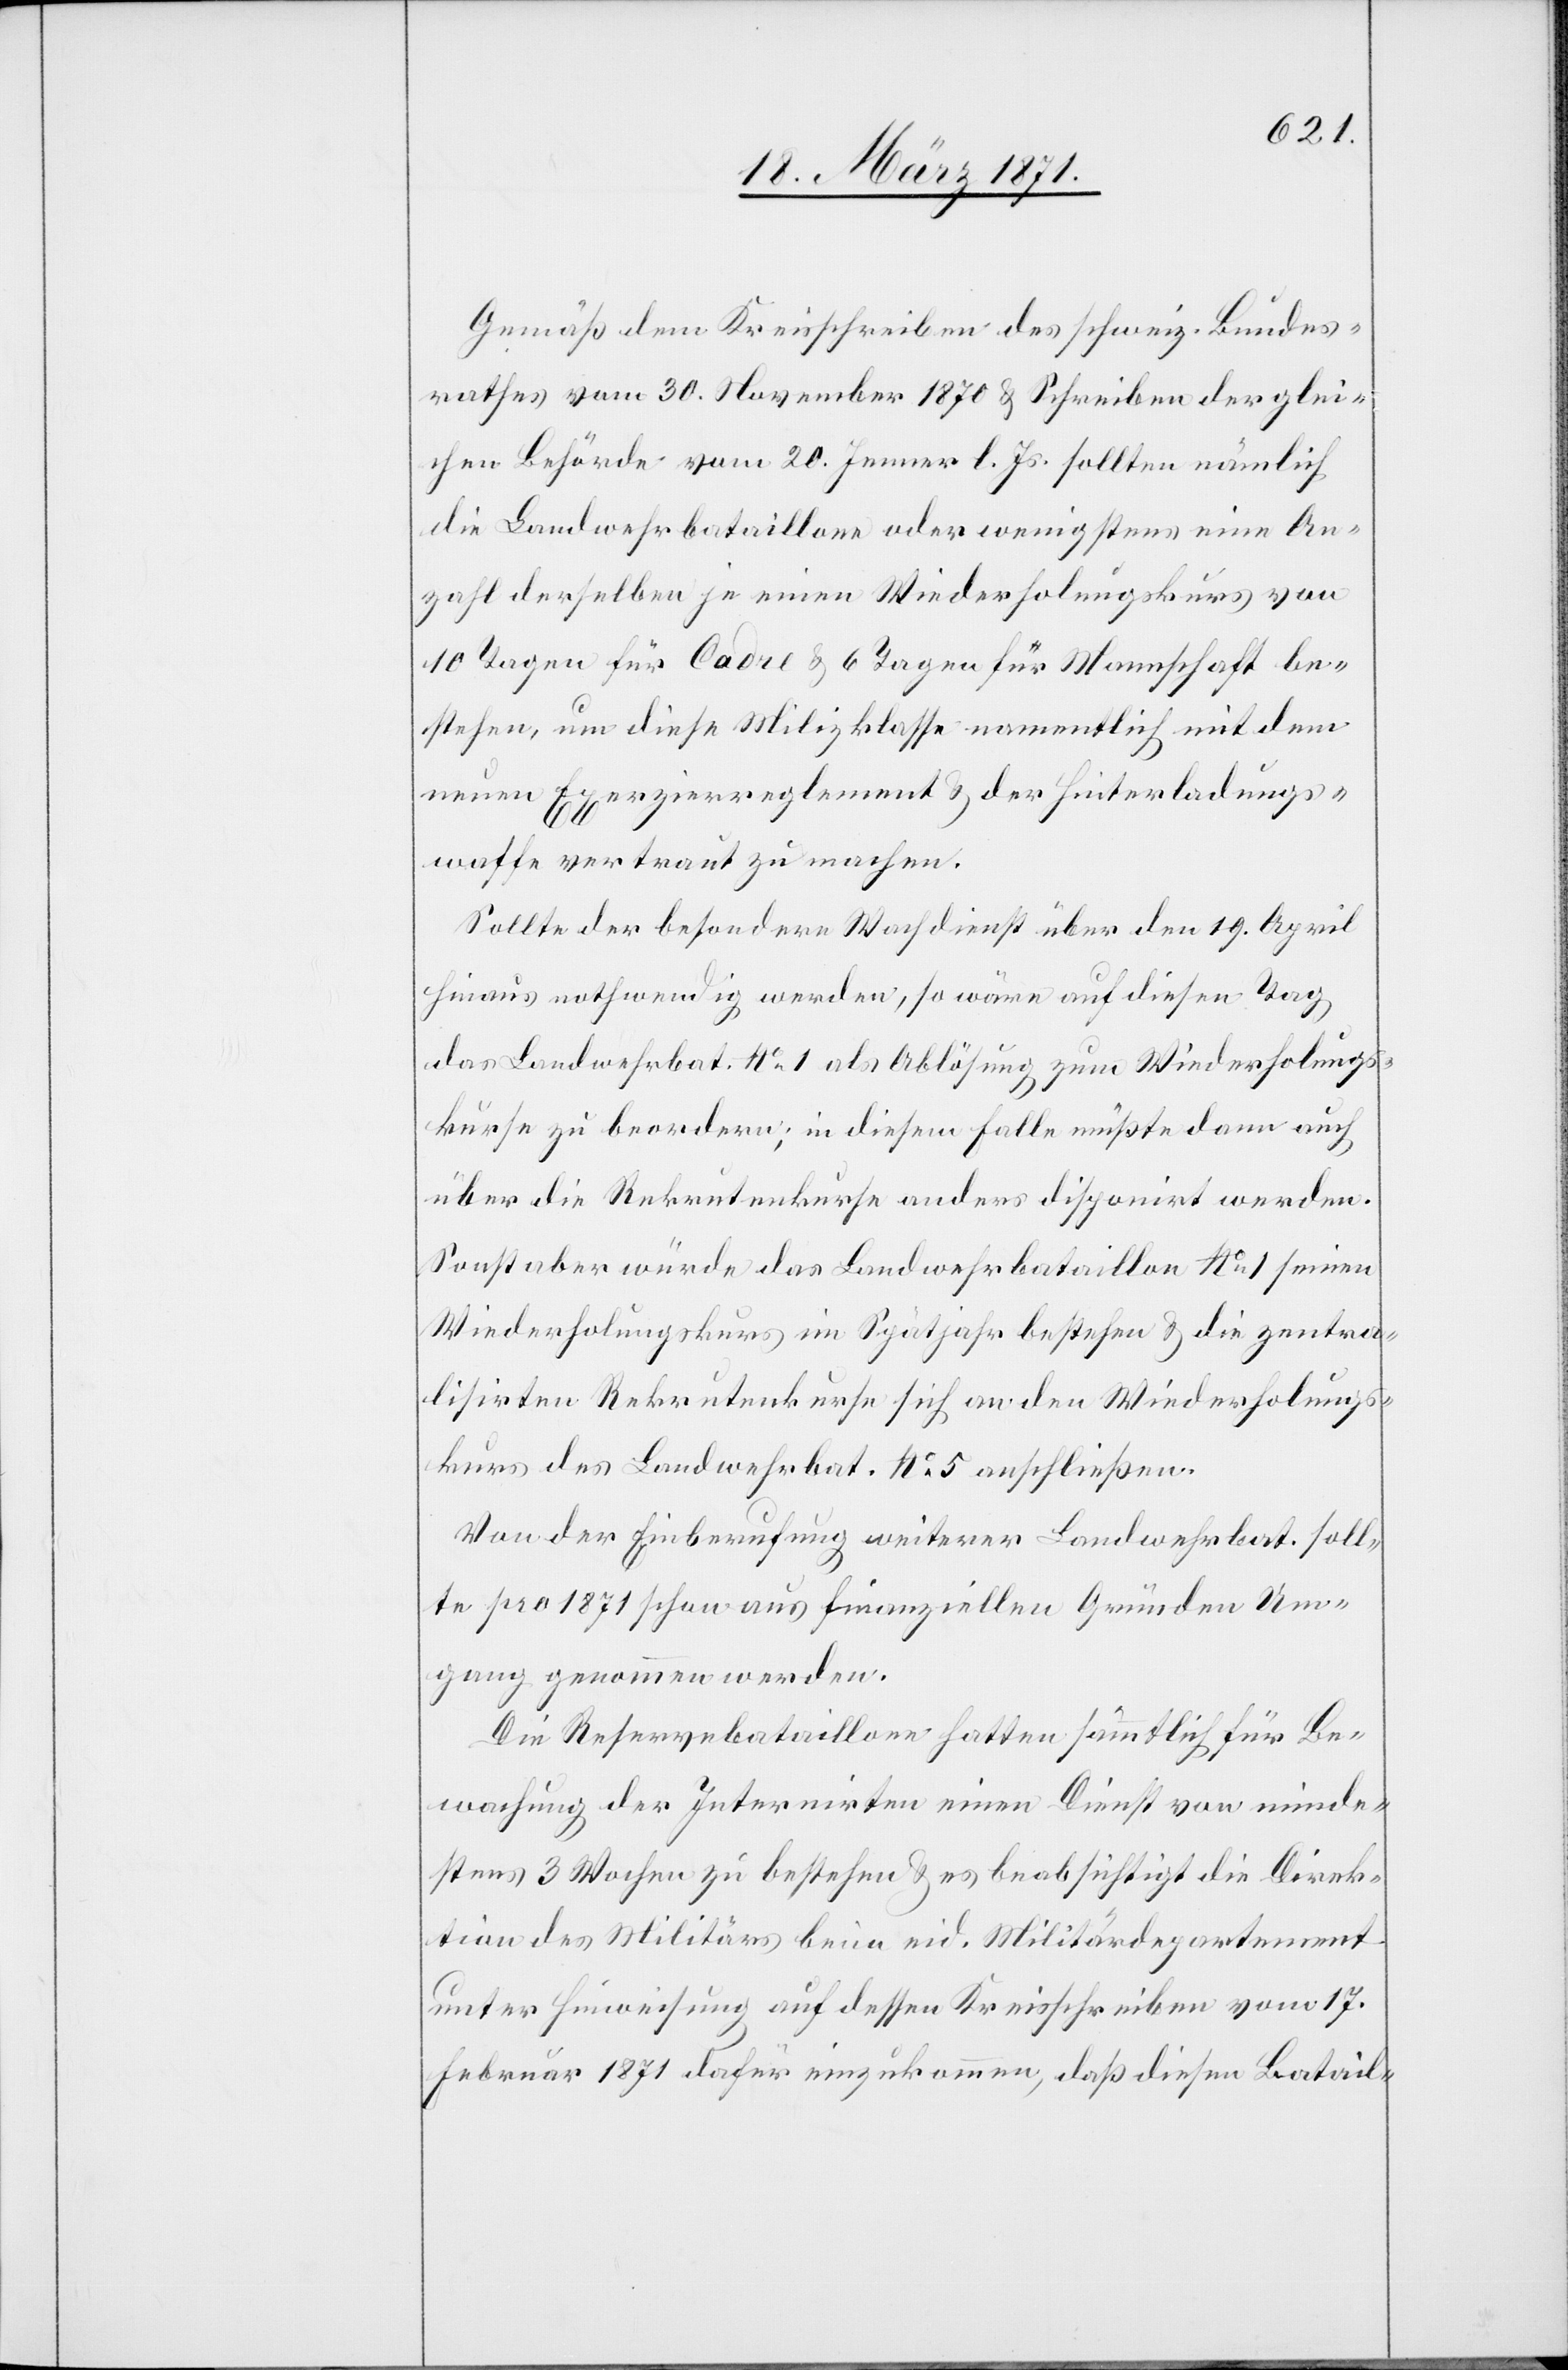
Gemäß dem Kreisschreiben des schweiz. Bundes¬
rathes vom 30. November 1870 u. Schreiben der glei¬
chen Behörde vom 20. Jenner l. Js. sollten nämlich
die Landwehrbataillone oder wenigstens eine An¬
zahl derselben je einen Wiederholungkurs von
10 Tagen für Cadre u. 6 Tagen für Mannschaft be¬
stehen, um diese Milizklasse namentlich mit dem
neuen Exerzierreglement u. der Hinterladungs¬
waffe vertraut zu machen.
Sollte der besondere Wachdienst über den 19. April
hinaus nothwendig werden, so wäre auf diesen Tag
das Landwehrbat. No. 1 als Ablösung zum Wiederholungs¬
kurse zu beordern; in diesem Falle müßte dann auch
über die Rekrutenkurse anders disponirt werden.
Sonst aber würde das Landwehrbataillon No. 1 seinen
Wiederholungskurs im Spätjahr bestehen u. die zentra¬
lisirten Rekrutenkurse sich an den Wiederholungs¬
kurs des Landwehrbat. No. 5 anschließen.
Von der Einberufung weiterer Landwehrbat. soll¬
te pro 1871 schon aus finanziellen Gründen Um¬
gang genommen werden.
Die Reservebataillone hatten sämmtlich für Be¬
wachung der Internirten einen Dienst von minde¬
stens 3 Wochen zu bestehen u. es beabsichtigt die Direk¬
tion des Militärs beim eid. Militärdepartement
unter Hinweisung auf dessen Kreisschreiben vom 17.
Februar 1871 dafür einzukommen, daß diesen Batail-